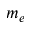
m _ { e }